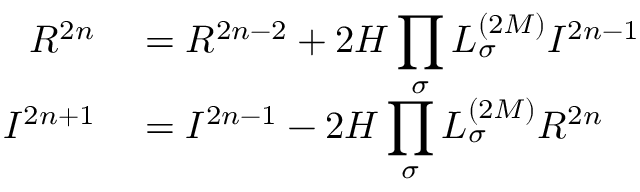
\begin{array} { r l } { { \cal R } ^ { 2 n } } & { { } = \displaystyle { \cal R } ^ { 2 n - 2 } + 2 { \cal H } \prod _ { \sigma } L _ { \sigma } ^ { ( 2 M ) } { \cal I } ^ { 2 n - 1 } } \\ { { \cal I } ^ { 2 n + 1 } } & { { } = \displaystyle { \cal I } ^ { 2 n - 1 } - 2 { \cal H } \prod _ { \sigma } L _ { \sigma } ^ { ( 2 M ) } { \cal R } ^ { 2 n } } \end{array}